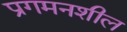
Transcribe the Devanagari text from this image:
प्रगमनशील